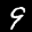
Label: 9